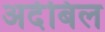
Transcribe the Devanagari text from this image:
अर्दबिल